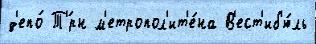
д'епо́ Т'́рн м'етропол'ит'е́на В'ест'иб'ю́ль